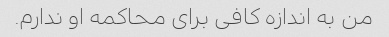
من به اندازه کافی برای محاکمه او ندارم.